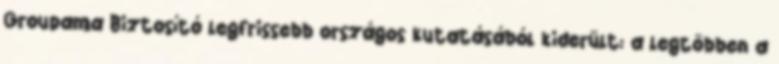
Groupama Biztosító legfrissebb országos kutatásából kiderült: a legtöbben a